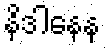
နိဒါနေန